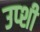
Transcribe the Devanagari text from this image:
उप्शी